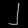
Digit: ၂